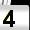
Digit: 4